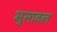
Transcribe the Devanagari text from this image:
भुुसावल